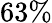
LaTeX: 63\%